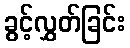
ခွင့်လွှတ်ခြင်း